Annual report of the Prince of Wales Medical College, Patna
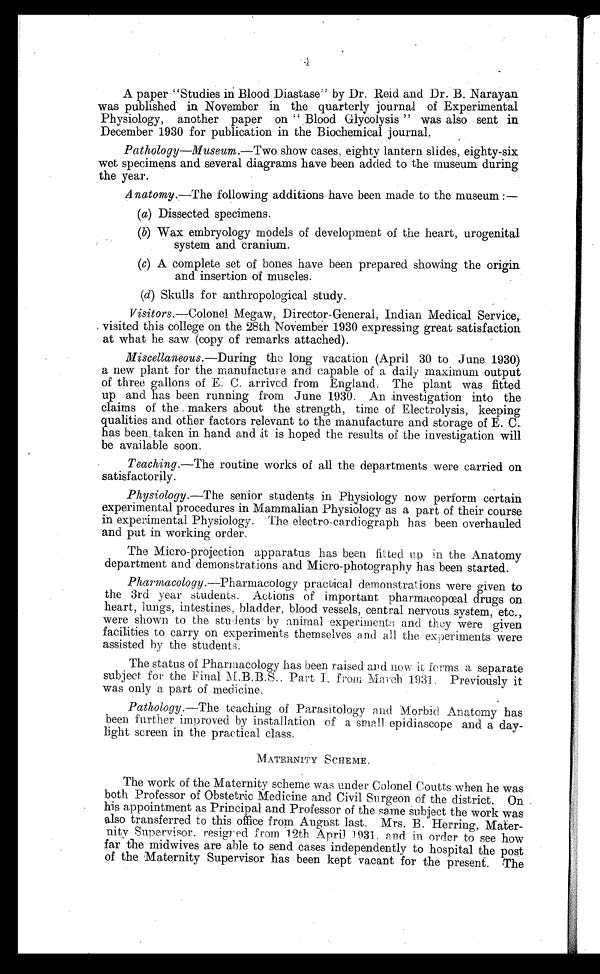
4 A paper “Studies in Blood Diastase” by Dr. Reid and Dr. B. Narayan
was published in November in the quarterly journal of Experimental
Physiology, another paper on “ Blood Glycolysis ” was also sent in
December 1930 for publication in the Biochemical journal.
Pathology—Museum. —Two show cases, eighty lantern slides, eighty-six
wet specimens and several diagrams have been added to the museum; during
the year.
Anatomy. —The following additions have been made to the museum :—
(a) Dissected specimens.
(b) Wax embryology models of development of the heart, urogenital
system and cranium.
(c) A complete set of bones have been prepared showing the origin
and insertion of muscles.
(d) Skulls for anthropological study.
Visitors. —Colonel Megaw, Director-General, Indian Medical Service,
visited. this college on the 28th November 1930 expressing great satisfaction
at what he saw (copy of remarks attached).
Miscellaneous.—During the long vacation (April 30 to June 1930)
a new plant for the manufacture and capable of a daily maximum output.
of three gallons of E. C. arrived from England. The plant was fitted
up and has been running from June 1930. An investigation into the
claims of the makers about the strength, time of Electrolysis, keeping
qualities and other factors relevant to the manufacture and storage of E. C.
has been, taken in hand and it is hoped the results of the investigation will
be available soon.
Teaching. —The routine works of all the departments were carried on
satisfactorily.
Physiology. —The senior students in Physiology now perform certain
experimental procedures in Mammalian Physiology as a part of their course
in experimental. Physiology. The electro-cardiograph has been overhauled
and put in working order.
The Micro-projection apparatus has been fitted up in the Anatomy
department an.d demonstrations and Micro-photography has been started.
Pharmacology. —Pharmacology practical demonstrations were given to
the 3rd year students. Actions of important pharmacopœal drugs on
heart, lungs, intestines, bladder, blood vessels, central nervous system, etc.,
were shown to the students by animal experiments and they were given
facilities to carry on experiments themselves and all. the experiments were
assisted by the students.
The status of Pharmacology has been raised and now it forms a separate
subject for the Final M.B.B.S., Part I, from March 1931. Previously it
was only a part of medicine.
Pathology. —The teaching of Parasitology and Morbid Anatomy has
been further improved by installation of a small epidiascope and a day-
-light screen in the practical class.
MATERNITY SCHEME.
The work of the Maternity scheme was under Colonel Coutts when he was
both Professor of Obstetric Medicine and Civil Surgeon of the district. On
his appointment as Principal and Professor of the same subject the work was
also transferred to this office from August last. Mrs. B. Herring, Mater
-nity Supervisor. resigned from 12th April 1931 and in. order to see how
far the midwives are able to send cases independently to hospital the post
of the Maternity Supervisor has been kept vacant for the present. The